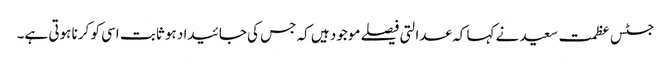
جسٹس عظمت سعید نے کہا کہ عدالتی فیصلے موجود ہیں کہ جس کی جائیداد ہو ثابت اسی کو کرنا ہوتی ہے۔